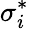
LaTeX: \sigma_{i}^{*}